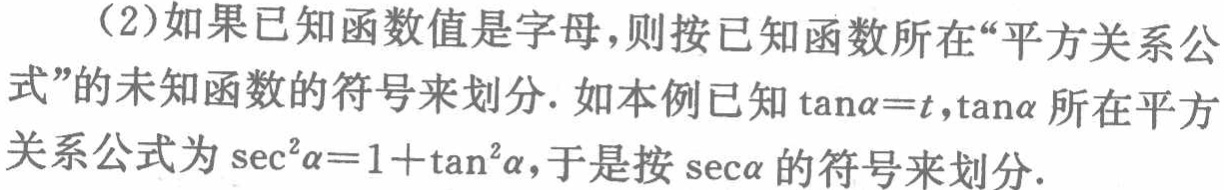
（2）如果已知函数值是字母，则按已知函数所在“平方关系公式”的未知函数的符号来划分. 如本例已知$\tan\alpha = t$，$\tan\alpha$所在平方关系公式为$\sec^{2}\alpha=1 + \tan^{2}\alpha$，于是按$\sec\alpha$的符号来划分.